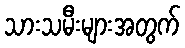
သားသမီးများအတွက်